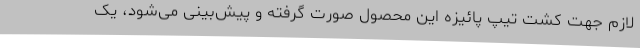
لازم جهت کشت تیپ پائیزه این محصول صورت گرفته و پیش‌بینی می‌شود، یک